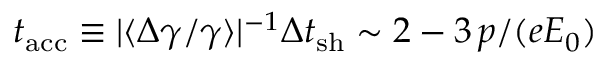
t _ { \mathrm { a c c } } \equiv \vert \langle \Delta \gamma / \gamma \rangle \vert ^ { - 1 } \Delta t _ { \mathrm { s h } } \sim 2 - 3 \, p / ( e E _ { 0 } )